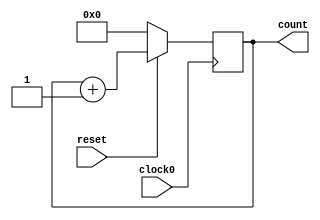
/////////////////////////////////////////
//  Functionality: 16 bit up counter 
////////////////////////////////////////

module counterup16_1clk_posedge_sync_resetn(clock0, reset, count);

	input clock0, reset;
	output [15:0] count;
	reg [15:0] count;

	initial begin
      	  count <= 0;
    	end                                      

	always @ (posedge clock0) begin
		if (reset == 1'b0) begin
			count <= 0;
		end 
		else begin
			count <= count + 1;
		end
	end

endmodule